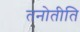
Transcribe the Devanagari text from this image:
तनोतीति